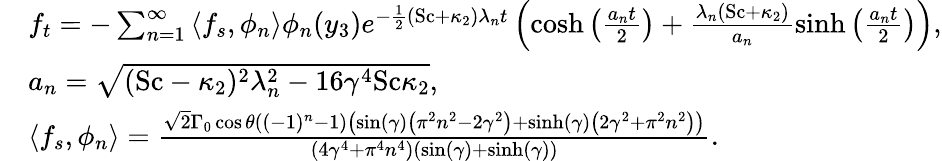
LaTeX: \begin{array}{rl}&{f_{t}=-\sum_{n=1}^{\infty}\left\langle f_{s},\phi_{n}\right\rangle\phi_{n}(y_{3})e^{-\frac{1}{2}(\mathrm{Sc}+\kappa_{2})\lambda_{n}t}\left(\cosh\left(\frac{a_{n}t}{2}\right)+\frac{\lambda_{n}\left(\mathrm{Sc}+\kappa_{2}\right)}{a_{n}}\sinh\left(\frac{a_{n}t}{2}\right)\right),}\\ &{a_{n}=\sqrt{(\mathrm{Sc}-\kappa_{2})^{2}\lambda_{n}^{2}-16\gamma^{4}\mathrm{Sc}\kappa_{2}},}\\ &{\left\langle f_{s},\phi_{n}\right\rangle=\frac{\sqrt{2}\Gamma_{0}\cos\theta\left((-1)^{n}-1\right)\left(\sin(\gamma)\left(\pi^{2}n^{2}-2\gamma^{2}\right)+\sinh(\gamma)\left(2\gamma^{2}+\pi^{2}n^{2}\right)\right)}{\left(4\gamma^{4}+\pi^{4}n^{4}\right)(\sin(\gamma)+\sinh(\gamma))}.}\end{array}